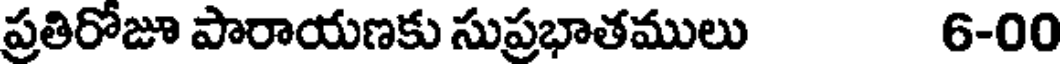
ప్రతిరోజూ పారాయణకు సుప్రభాతములు 6-00